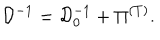
{ \cal D } ^ { - 1 } = { \cal D } _ { 0 } ^ { - 1 } + \Pi ^ { \left( T \right) } .